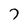
Character: 7